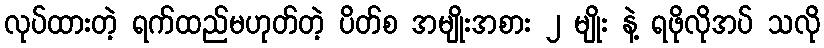
လုပ်ထားတဲ့ ရက်ထည်မဟုတ်တဲ့ ပိတ်စ အမျိုးအစား ၂ မျိုး နဲ့ ရဖိုလိုအပ် သလို